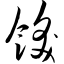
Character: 饫